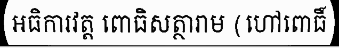
អធិការវត្ត ពោធិសត្ថារាម (ហៅពោធិ៍